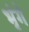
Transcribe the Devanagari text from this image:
भृंगे